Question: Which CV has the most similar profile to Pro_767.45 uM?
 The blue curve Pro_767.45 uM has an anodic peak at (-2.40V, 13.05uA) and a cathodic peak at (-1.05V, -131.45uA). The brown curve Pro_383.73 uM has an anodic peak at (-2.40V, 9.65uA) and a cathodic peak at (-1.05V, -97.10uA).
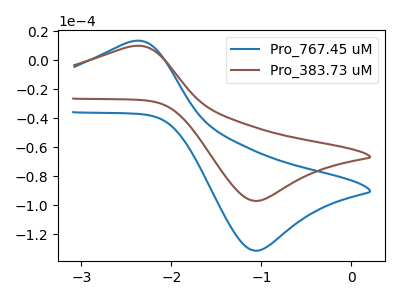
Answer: <think>All the peaks in "Pro_767.45 uM" have a peak in "Pro_383.73 uM" at the same potential. Every peak in "Pro_767.45 uM" is higher than every peak in "Pro_383.73 uM".
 </think>
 <answer>The CV with the most similar shape to "Pro_383.73 uM" is "Pro_767.45 uM".</answer>
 <eval>"Pro_767.45 uM"</eval>